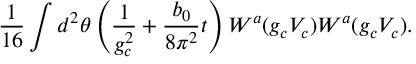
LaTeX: \frac { 1 } { 1 6 } \int d ^ { 2 } \theta \left( \frac { 1 } { g _ { c } ^ { 2 } } + \frac { b _ { 0 } } { 8 \pi ^ { 2 } } t \right) W ^ { a } ( g _ { c } V _ { c } ) W ^ { a } ( g _ { c } V _ { c } ) .